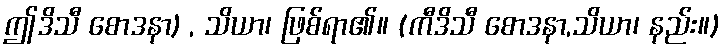
ဤဒိသီ စောဒနာ) , သိယာ၊ ဖြစ်ရာ၏။ (ကီဒိသီ စောဒနာ,သိယာ၊ နည်း။)